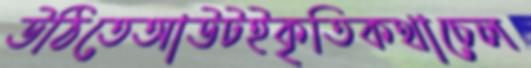
উঠিতেআউটইকৃতিকথাচেল